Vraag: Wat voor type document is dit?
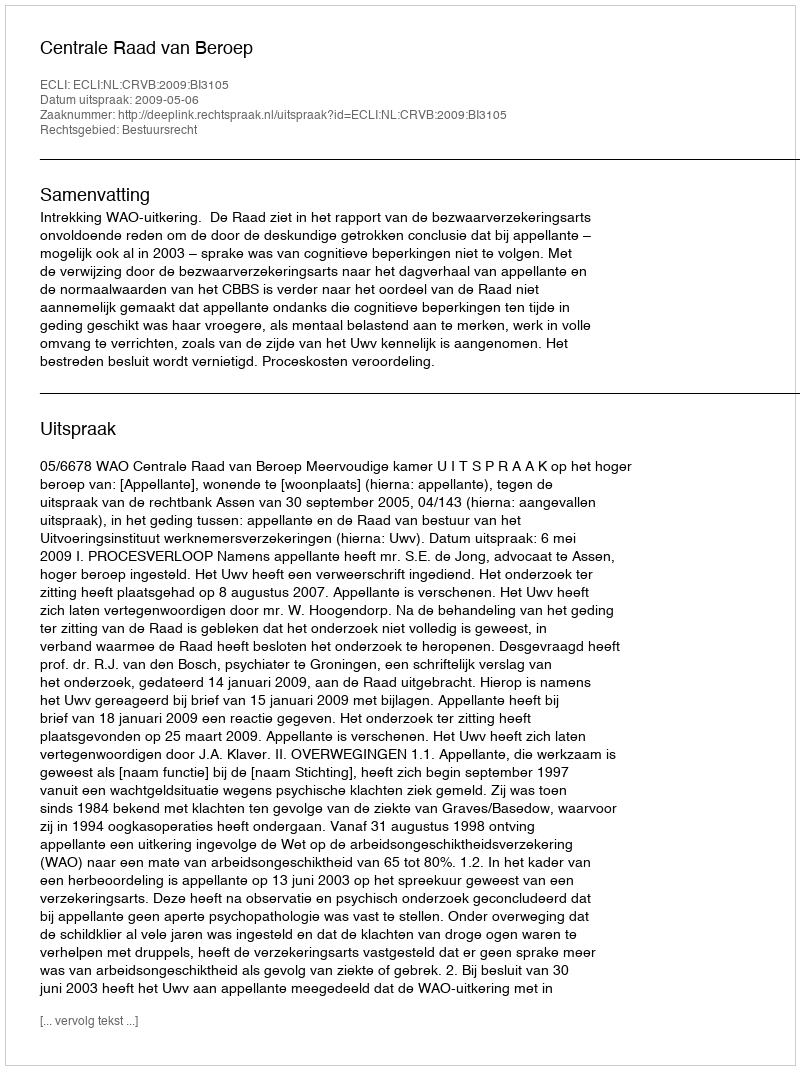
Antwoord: Uitspraak